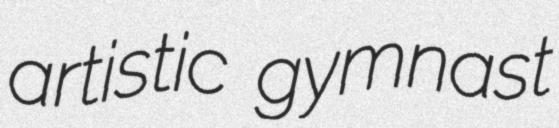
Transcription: artistic gymnast